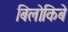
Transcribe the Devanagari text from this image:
बिलोकिबे